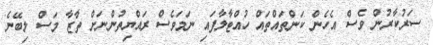
ސަރުކާރުން ވެސް އެހެން ކަންތައްތައް ހުއްޓާލާފައި ނަމަވެސް ރައްޔިތުންނަށް ތާޒާ މަސް ލިބޭނެ